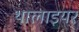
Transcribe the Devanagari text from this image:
थालाइयर